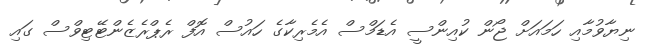
ނިޔާވުމާއި ހަމައަށް ޖޯން ކުއިންސީ އެޑަމްސް އެމެރިކާގެ ހައުސް އޮފް ރެޕްރެޒެންޓޭޓިވްސް ގައި